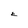
Character: E